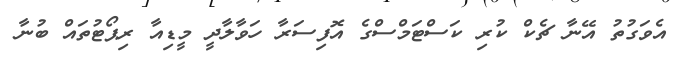
އެވަގުތު އޭނާ ޗެކް ކުރި ކަސްޓަމްސްގެ އޮފިސަރާ ހަވާލާދީ މީޑިއާ ރިޕޯޓުތައް ބުނާ